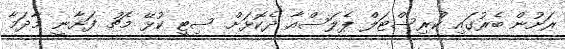
ރަށުން ބެރުގައި ކްރިސްޓަލް ޕެލަސްއާ ދެކޮޅަށް ސިޓީ ކުޅޭ މެޗު ފަށާނީ މާދަމާ